Lunatic asylums Madras 1892-1911 - 1892-1911
Year: 1892
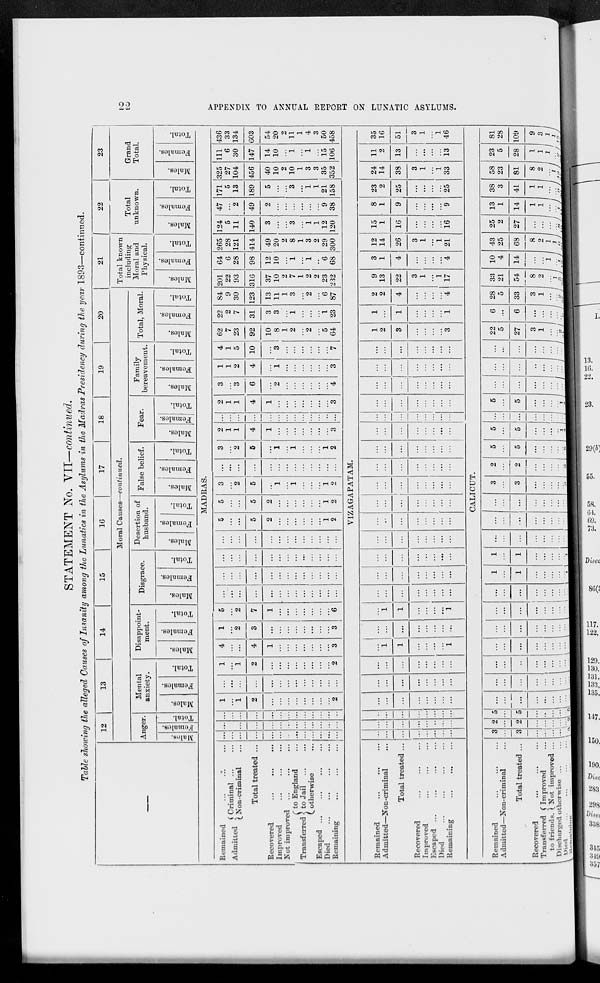
22
APPENDIX TO ANNUAL REPORT ON LUNATIC ASYLUMS.
STATEMENT No. VII—continued.
Table showing the alleged Causes of Insanity among the Lunatics in the Asylums in the Madras Presidency during the year 1893—continued.
—
12
13
14
15
16
17
18
19
20
Moral Causes—continued.
Anger.
Males.
Females.
Total.
Mental
anxiety.
Males.
Females.
Total.
Disappoint-
ment.
Males.
Females.
Total.
Disgrace.
Males.
Females.
Total.
Desertion of
husband.
Males.
Females.
Total.
False belief.
Males.
Females.
Total.
Fear.
Males.
Females.
Total.
Family
bereavement.
Males.
Females.
Total.
Total, Moral.
Males.
Females.
Total.
21
Total known
including
Moral and
Physical.
Males.
Females.
Total.
22
Total
unknown.
Males.
Females.
Total.
23
Grand
Total.
Males.
Females.
Total.
MADRAS.
Remained ... ... ...
Admitted
Criminal ... ...
Non-criminal ...
Total treated ...
Recovered ... ... ...
Improved ... ... ...
Not improved ... ... ...
Transferred
to England ...
to Jail
...
...
otherwise ...
Escaped ... ... ... ...
Died
...
...
...
...
Remaining ... ... ...
...
...
...
...
...
...
...
...
...
...
...
...
...
...
...
...
...
...
...
...
...
...
...
...
...
...
...
...
...
...
...
...
...
...
...
...
...
...
...
1
...
1
2
...
...
...
...
...
...
...
...
2
...
...
...
...
...
...
...
...
...
...
...
...
...
1
...
1
2
...
...
...
...
...
...
...
...
2
4
...
...
4
1
...
...
...
...
...
...
...
3
1
...
2
3
...
...
...
...
...
...
...
...
3
5
...
2
7
1
...
...
...
...
...
...
...
6
...
...
...
...
...
...
...
...
...
...
...
...
...
...
...
...
...
...
...
...
...
...
...
...
...
...
...
...
...
...
...
...
...
...
...
...
...
...
...
...
...
...
...
...
...
...
...
...
...
...
...
...
5
...
...
5
2
...
...
...
...
...
...
1
2
5
...
...
5
2
...
...
...
...
...
...
1
2
3
...
2
5
...
1
...
1
...
...
...
1
2
...
...
...
...
...
...
...
...
...
...
...
...
...
3
...
2
5
...
1
...
1
...
...
...
1
2
2
1
1
4
1
...
...
...
...
...
...
...
3
...
...
...
...
...
...
...
...
...
...
...
...
...
2
1
1
4
1
...
...
...
...
...
...
...
3
3
...
3
6
...
2
...
...
...
...
...
...
4
1
1
2
4
...
1
...
...
...
...
...
...
3
4
1
5
10
...
3
...
...
...
...
...
7
62
7
23
92
10
8
1
2
...
2
...
5
64
22
2
7
31
3
3
...
1
...
...
...
1
23
84
9
30
123
13
11
1
3
...
2
...
6
87
201
22
93
316
37
10
2
7
1
2
2
23
232
64
6
28
98
12
10
...
1
...
1
...
6
68
265
28
121
414
49
20
2
8
1
3
2
29
300
124
5
11
140
3
...
...
3
...
1
1
12
120
47
...
2
49
2
...
...
...
...
...
...
9
38
171
5
13
189
5
...
...
3
...
1
1
21
158
325
27
104
456
40
10
2
10
1
3
3
35
352
111
6
30
147
14
10
...
1
...
1
...
15
106
436
33
134
603
54
20
2
11
1
4
3
50
458
VIZAGAPATAM.
Remained ... ... ...
Admitted—Non-criminal ...
Total treated ...
Recovered ... ... ...
Improved ... ... ...
Escaped ... ... ... ...
Died
...
...
...
...
Remaining ... ... ...
...
...
...
...
...
...
...
...
...
...
...
...
...
...
...
...
...
...
...
...
...
...
...
...
...
...
...
...
...
...
...
...
...
...
...
...
...
...
...
...
...
...
...
...
...
...
...
...
...
1
1
...
...
...
...
1
...
...
...
...
...
...
...
...
...
1
1
...
...
...
...
1
...
...
...
...
...
...
...
...
...
...
...
...
...
...
...
...
...
...
...
...
...
...
...
...
...
...
...
...
...
...
...
...
...
...
...
...
...
...
...
...
...
...
...
...
...
...
...
...
...
...
...
...
...
...
...
...
...
...
...
...
...
...
...
...
...
...
...
...
...
...
...
...
...
...
...
...
...
...
...
...
...
...
...
...
...
...
...
...
...
...
...
...
...
...
...
...
...
...
...
...
...
...
...
...
...
...
...
...
...
...
...
...
...
...
...
...
...
...
...
1
2
3
...
...
...
...
3
1
...
1
...
...
...
...
1
2
2
4
...
...
...
...
4
9
13
22
3
1
...
1
17
3
1
4
...
...
...
...
4
12
14
26
3
1
...
1
21
15
1
16
...
...
...
...
16
8
1
9
...
...
...
...
9
23
2
25
...
...
...
...
25
24
14
38
3
1
...
1
33
11
2
13
...
...
...
...
13
35
16
51
3
1
1
46
CALICUT.
Remained ... ... ...
Admitted—Non-criminal ...
Total treated ...
Recovered
Transferred
to friends.
Improved ...
Not improved ...
Discharged otherwise ... ...
Died ... ... ... ...
Remaining ... ... ...
3
...
3
...
...
...
...
...
3
2
...
2
...
...
...
...
...
2
5
...
5
...
...
...
...
...
5
...
...
...
...
...
...
...
...
...
...
...
...
...
...
...
...
...
...
...
...
...
...
...
...
... ...
...
...
...
...
...
...
...
...
...
...
...
...
...
...
...
...
...
...
...
...
...
...
...
...
...
...
...
...
...
...
...
...
...
...
...
...
...
1
...
1
...
...
...
...
...
...
1
...
1
...
...
...
...
...
...
...
...
...
...
...
...
...
...
...
...
...
...
...
...
...
...
...
...
...
...
...
...
...
...
...
...
...
3
...
3
...
...
...
...
...
3
2
...
2
...
...
...
...
...
2
5
...
5
...
...
...
...
...
5
5
...
5
...
...
...
...
1
4
...
...
...
...
...
...
...
...
...
5
...
5
...
...
...
...
1
4
...
...
...
...
...
...
...
...
...
...
...
...
...
...
...
...
...
...
...
...
...
...
...
...
...
...
...
22
5
27
3
1
...
...
2
21
6
...
6
...
...
...
...
...
6
28
5
33
3
1
...
2
27
33
21
54
8
2
...
1
5
...
10
4
14
...
...
1
...
1
...
43
25
68
8
2
1
1
6
...
25
2
27
...
...
...
...
8
...
13
1
14
1
1
...
...
1
...
38
3
41
1
1
...
...
9
...
58
23
81
8
2
...
1
13
...
23
5
28
1
1
1
...
2
...
81
28
109
9
3
1
1
15
...